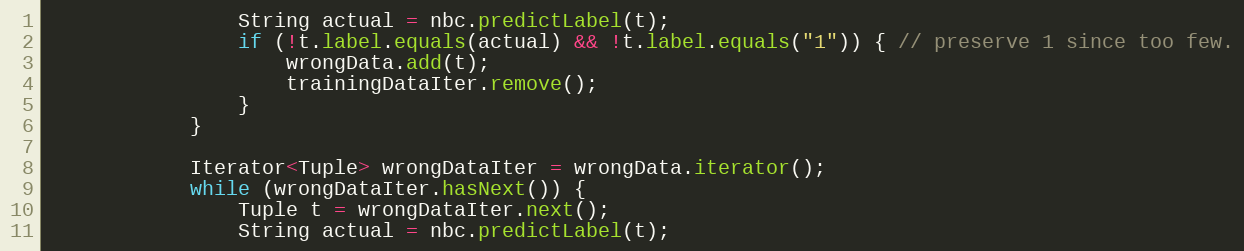
Language: Java
                String actual = nbc.predictLabel(t);
                if (!t.label.equals(actual) && !t.label.equals("1")) { // preserve 1 since too few.
                    wrongData.add(t);
                    trainingDataIter.remove();
                }
            }

            Iterator<Tuple> wrongDataIter = wrongData.iterator();
            while (wrongDataIter.hasNext()) {
                Tuple t = wrongDataIter.next();
                String actual = nbc.predictLabel(t);